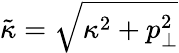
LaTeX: \tilde{\kappa}=\sqrt{\kappa^{2}+p_{\perp}^{2}}